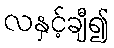
လနှင့်ချီ၍